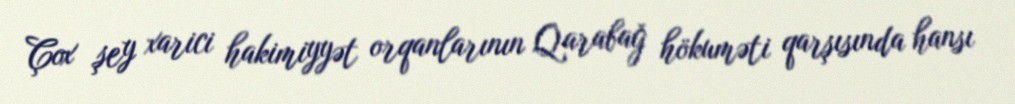
Çox şey xarici hakimiyyət orqanlarının Qarabağ hökuməti qarşısında hansı